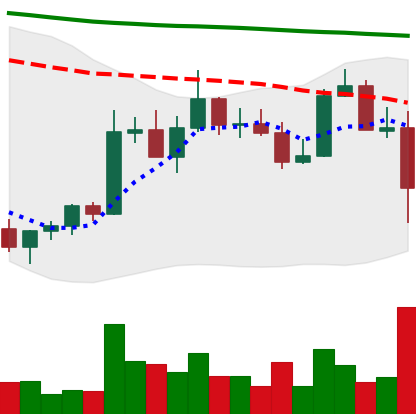
Ticker: ADA-USD
Chart end date: 2022-11-08
Forward return: -11.217%
Label: down_7plus